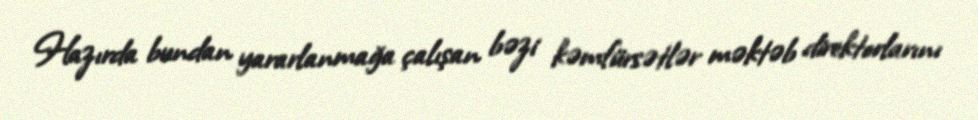
Hazırda bundan yararlanmağa çalışan bəzi kəmfürsətlər məktəb direktorlarını